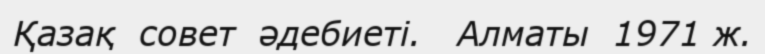
Қазақ  совет  әдебиеті.   Алматы  1971 ж.